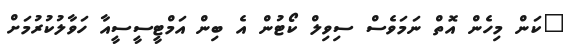
"ކަން މިހެން އޮތް ނަމަވެސް ސިވިލް ކޯޓުން އެ ބިން އަމްޓީސީސީއާ ހަވާލުކުރުމަށް